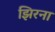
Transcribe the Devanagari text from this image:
झिरना